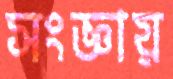
সংজ্ঞায়